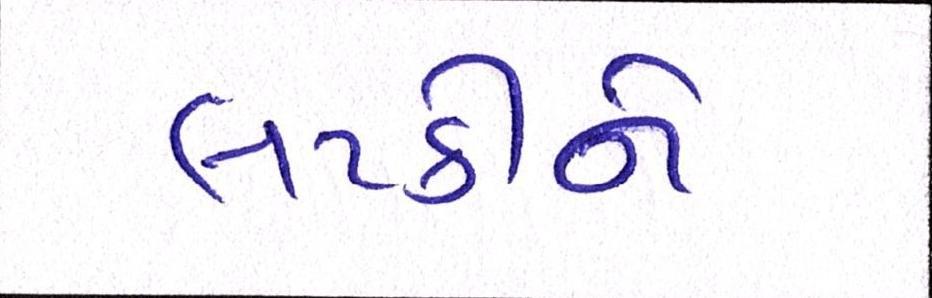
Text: લટકીને